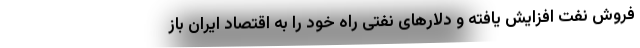
فروش نفت افزایش یافته و دلارهای نفتی راه خود را به اقتصاد ایران باز